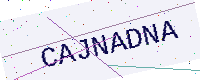
Text: CAJNADNA